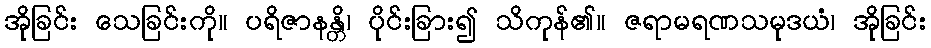
အိုခြင်း သေခြင်းကို။ ပရိဇာနန္တိ၊ ပိုင်းခြား၍ သိကုန်၏။ ဇရာမရဏသမုဒယံ၊ အိုခြင်း